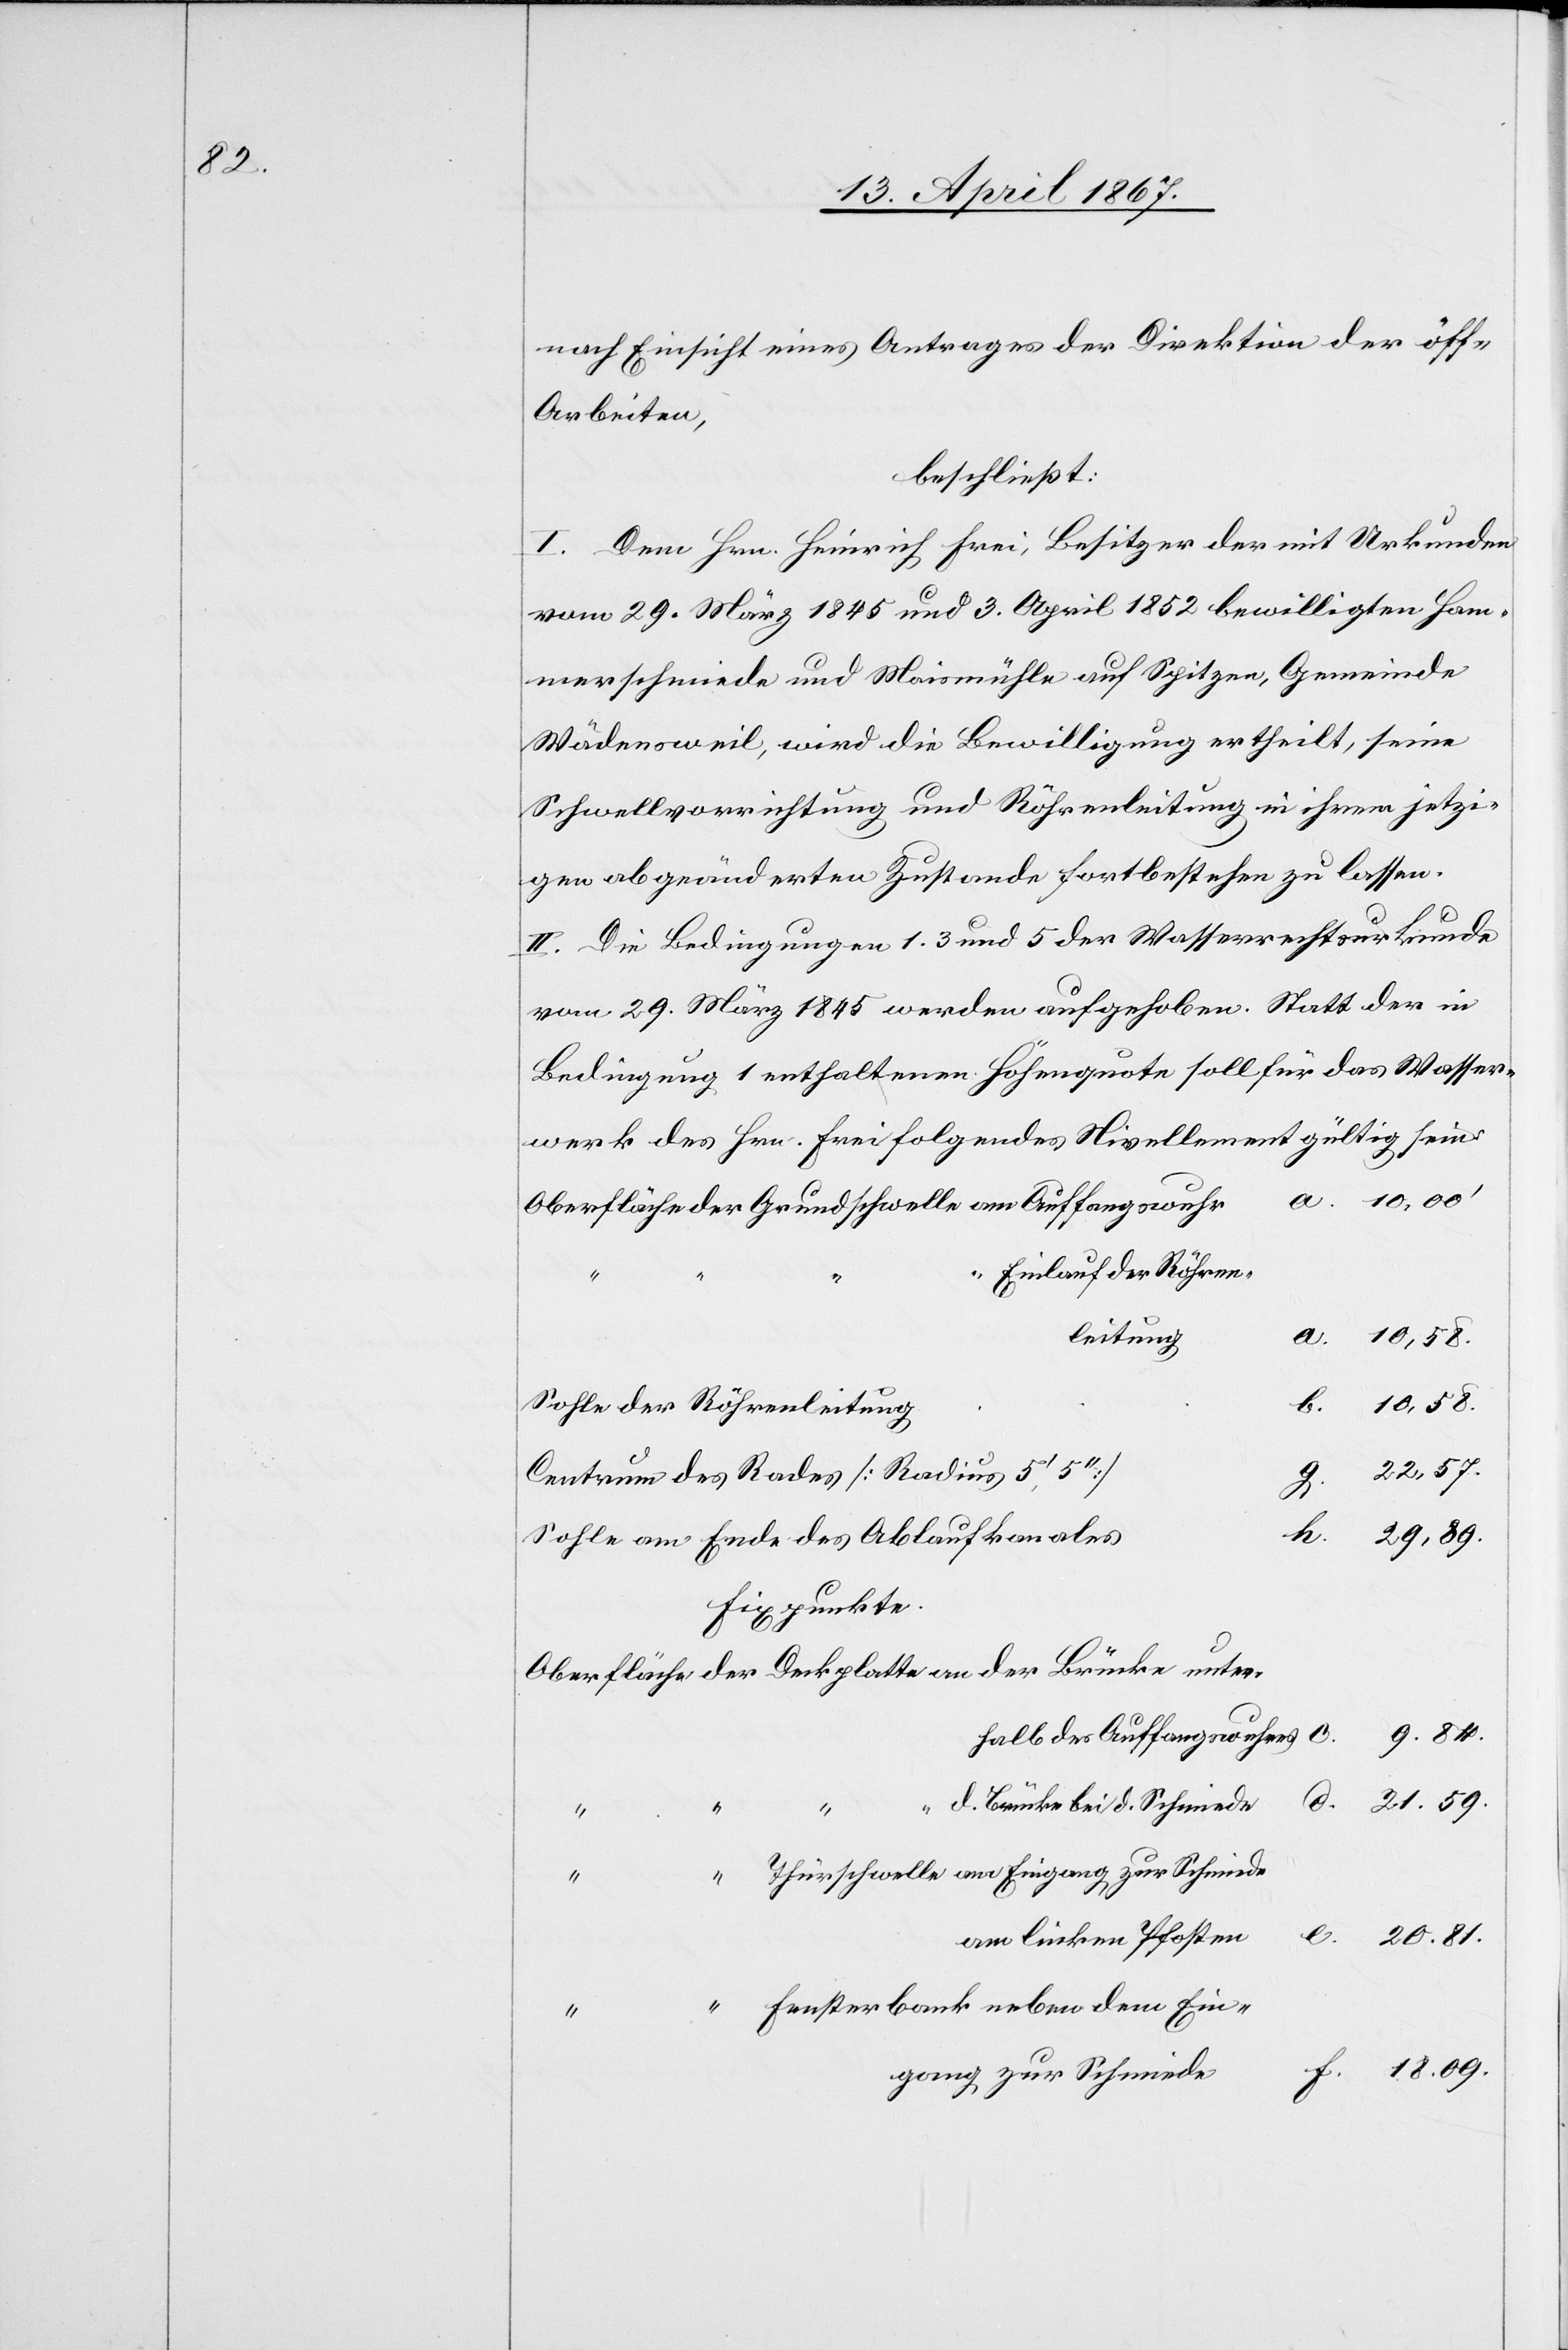
nach Einsicht eines Antrages der Direktion der öff.
Arbeiten,
beschließt:
I. Dem Hrn. Heinrich Frei, Besitzer der mit Urkunden
vom 29. März 1846 und 3. April 1852 bewilligten Ham¬
merschmiede und Maismühle auf Spitzen, Gemeinde
Wädensweil, wird die Bewilligung ertheilt, seine
Schwellvorrichtung und Röhrenleitung in ihrem jetzi¬
gen abgeänderten Zustande fortbestehen zu lassen.
II. Die Bedingungen 1. 3 und 5 der Wasserrechtsurkunde
vom 29. März 1845 werden aufgehoben. Statt der in
Bedingung 1 enthaltenen Höhenquote soll für das Wasser¬
werk des Hrn. Frei folgendes Nivellement gültig sein:
“	Einlauf der Röhren¬
leitun¬
g		a.	10,58.
Centrum des Rades [Radius 5’
Fixpunkte
Oberfläche 	der 	Deckplatte	an	der Brücke unter¬
halb
“
d.
“	Thurschwelle am Eingang zur Schmiede
“	Fensterbank neben dem Ein¬
e	f.	18.09.
gang zur Schmied¬